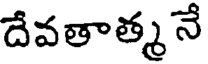
దేవతాత్మ నే